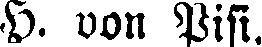
H. von Pisi.